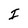
Character: I